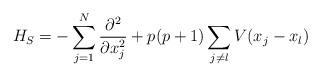
LaTeX: \begin{align*}H_S=-\sum_{j=1}^N{\partial^2\over\partial x_j^2}+p(p+1)\sum_{j\neq l}V(x_j-x_l)\end{align*}